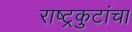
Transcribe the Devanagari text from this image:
राष्ट्रकुटांचा